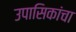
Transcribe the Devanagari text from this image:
उपासिकांचा